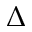
\Delta